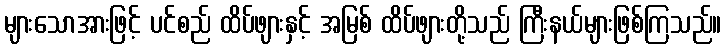
များသောအားဖြင့် ပင်စည် ထိပ်ဖျားနှင့် အမြစ် ထိပ်ဖျားတို့သည် ကြီးနယ်များဖြစ်ကြသည်။